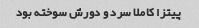
پیتزا کاملا سرد و دورش سوخته بود